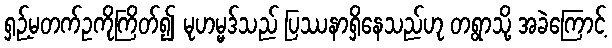
ရှဉ့်မတက်ဥကိုကြိတ်၍ မုဟမ္မဒ်သည် ပြဿနာရှိနေသည်ဟု တရွာသို့ အခဲကြောင့်